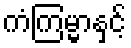
ကံကြမ္မာနှင့်